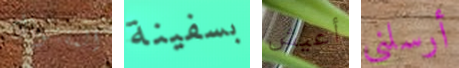
المقتول بسفينة أعيش أرسلني